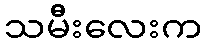
သမီးလေးက